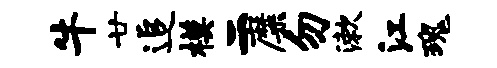
牛廿追模二靡勿漱江瑰